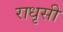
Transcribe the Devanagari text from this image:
राधृसी